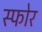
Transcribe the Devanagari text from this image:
स्फोर